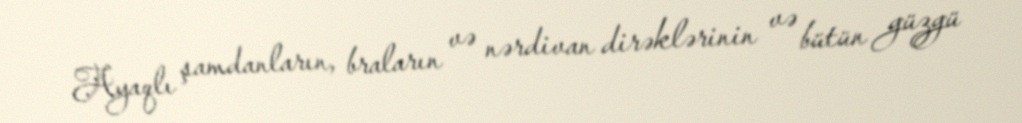
Ayaqlı şamdanların, braların və nərdivan dirəklərinin və bütün güzgü